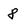
Character: 8